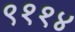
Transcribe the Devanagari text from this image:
९११४